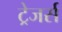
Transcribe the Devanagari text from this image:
ट्रेजर्स